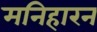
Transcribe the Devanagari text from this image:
मनिहारन